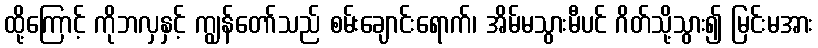
ထို့ကြောင့် ကိုဘလှနှင့် ကျွန်တော်သည် စမ်းချောင်းရောက်၊ အိမ်မသွားမီပင် ဂိတ်သို့သွား၍ မြင်းမအား